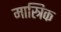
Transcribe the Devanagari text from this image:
मास्त्रिक